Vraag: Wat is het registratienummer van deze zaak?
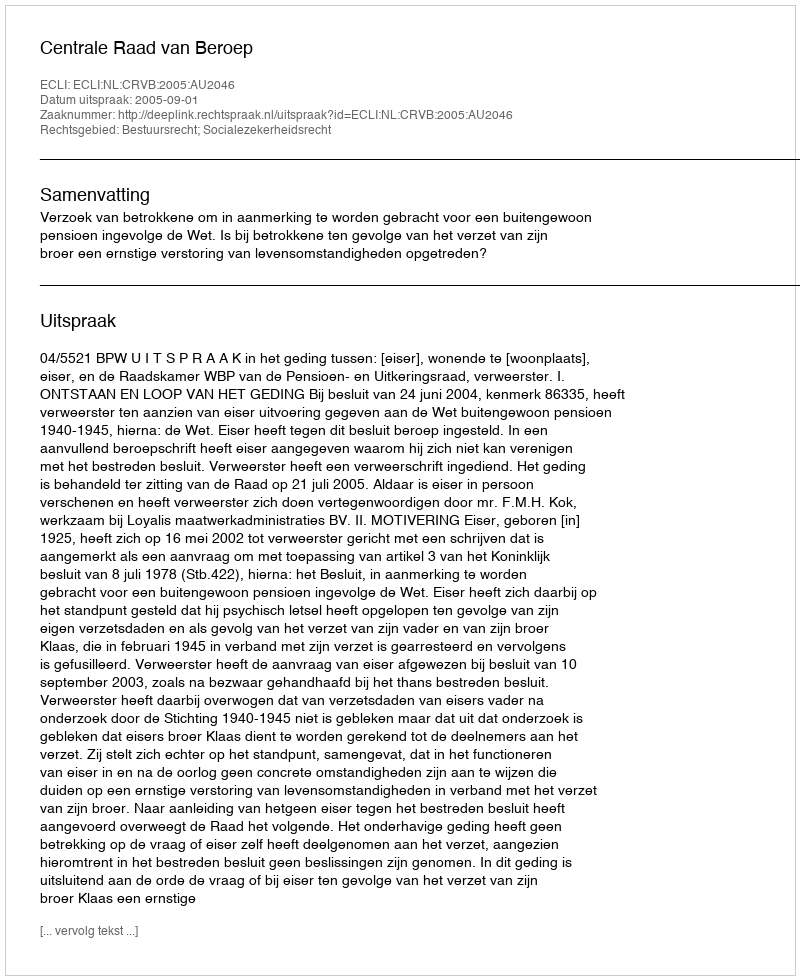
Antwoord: http://deeplink.rechtspraak.nl/uitspraak?id=ECLI:NL:CRVB:2005:AU2046